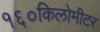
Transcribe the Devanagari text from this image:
१६०किलोमीटर